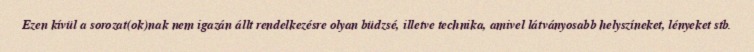
Ezen kívül a sorozat(ok)nak nem igazán állt rendelkezésre olyan büdzsé, illetve technika, amivel látványosabb helyszíneket, lényeket stb.